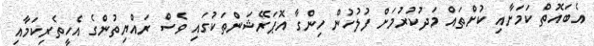
އެބައޮތް ކަމަށާއި ކުށްތައް މަދުކުރުމަށް ފުލުހުން ހިންގާ އޮޕަރޭޝަންތަކުގައި ވެސް ރައްޔިތުންގެ އެހީތެރިކަމާއި